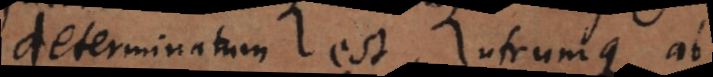
erminatum est, utrumque ab